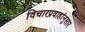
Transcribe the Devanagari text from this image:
विचारप्रवाहांनुसार